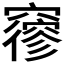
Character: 𥨡